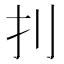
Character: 𠚶